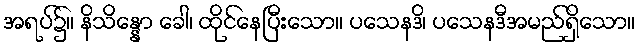
အရပ်၌။ နိသိန္နော ခေါ၊ ထိုင်နေပြီးသော။ ပသေနဒိ၊ ပသေနဒီအမည်ရှိသော။